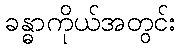
ခန္ဓာကိုယ်အတွင်း